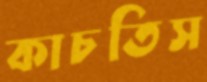
কাচতিস